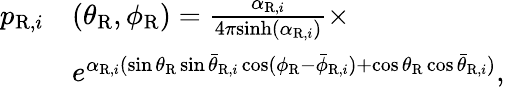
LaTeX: \begin{array}{rl}{p_{\mathrm{R},i}}&{(\theta_{\mathrm{R}},\phi_{\mathrm{R}})=\frac{\alpha_{\mathrm{R},i}}{4\pi\mathrm{sinh}(\alpha_{\mathrm{R},i})}\times}\\ &{e^{\alpha_{\mathrm{R},i}(\sin\theta_{\mathrm{R}}\sin\bar{\theta}_{\mathrm{R},i}\cos(\phi_{\mathrm{R}}-\bar{\phi}_{\mathrm{R},i})+\cos\theta_{\mathrm{R}}\cos\bar{\theta}_{\mathrm{R},i})},}\end{array}